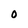
Character: 0